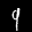
Label: 9